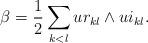
LaTeX: \begin{align*}\beta = \frac{1}{2}\sum_{k<l} ur_{kl} \wedge ui_{kl}.\end{align*}